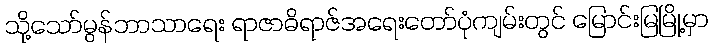
သို့သော်မွန်ဘာသာရေး ရာဇာဓိရာဇ်အရေးတော်ပုံကျမ်းတွင် မြောင်းမြမြို့မှာ